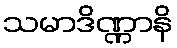
သမာဒိဏ္ဏာနိ